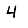
Digit: 4